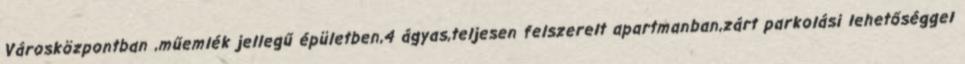
Városközpontban ,műemlék jellegű épületben,4 ágyas,teljesen felszerelt apartmanban,zárt parkolási lehetőséggel